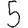
Digit: 5